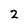
Character: 2